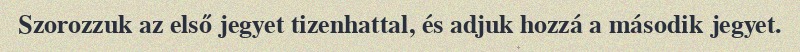
Szorozzuk az első jegyet tizenhattal, és adjuk hozzá a második jegyet.